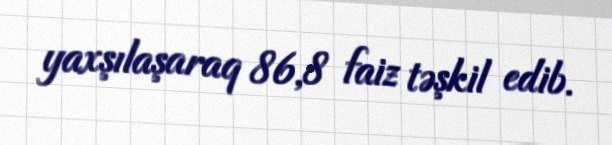
yaxşılaşaraq 86,8 faiz təşkil edib.